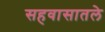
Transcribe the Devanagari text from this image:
सहवासातले